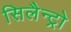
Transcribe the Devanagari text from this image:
सिलैन्ट्रो